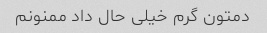
دمتون گرم خیلی حال داد ممنونم